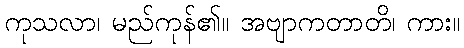
ကုသလာ၊ မည်ကုန်၏။ အဗျာကတာတိ၊ ကား။